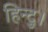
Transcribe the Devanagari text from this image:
हिन्दु।